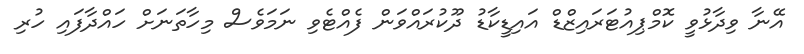
އޭނާ ވިދާޅުވީ ކޮމްޕިއުޓަރައިޒްޑް އައިޑީކާޑު ދޫކުރައްވަން ފެއްޓެވި ނަމަވެސް މިހާތަނަށް ހައްދާފައި ހުރި